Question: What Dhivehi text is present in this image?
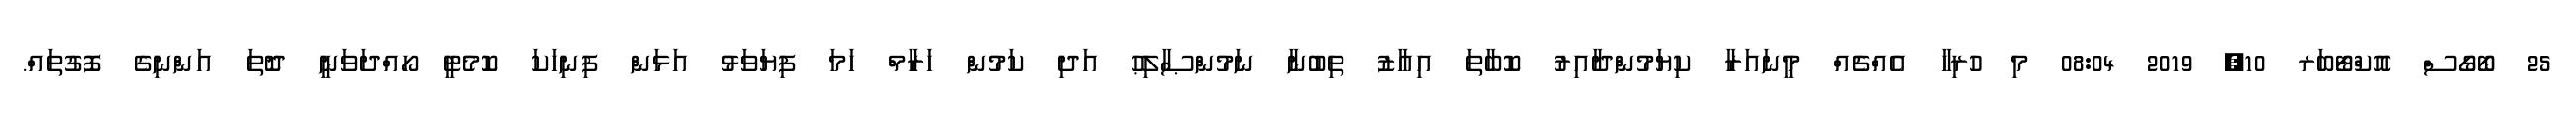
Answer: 25 ބޯގޯސް އޮކްޓޯބަރ 10, 2019 08:04 މި ހުރިހާ އެއްޗެއް މީނައަރާ ކިޔަމުންދާއިރު ކޮބާތަ އިއާޒު ތިބުނާ ނަމުންޞާލިޙު އަދި ކަމުން ހަރާމް ހަމަ ފިޔަވަޅު އަޅަން ފިނިހަކަ ކޮމެޓީ ހޯއްދަވަނީ ދޮތަ އަންނިގެ ފޮގުތައް.